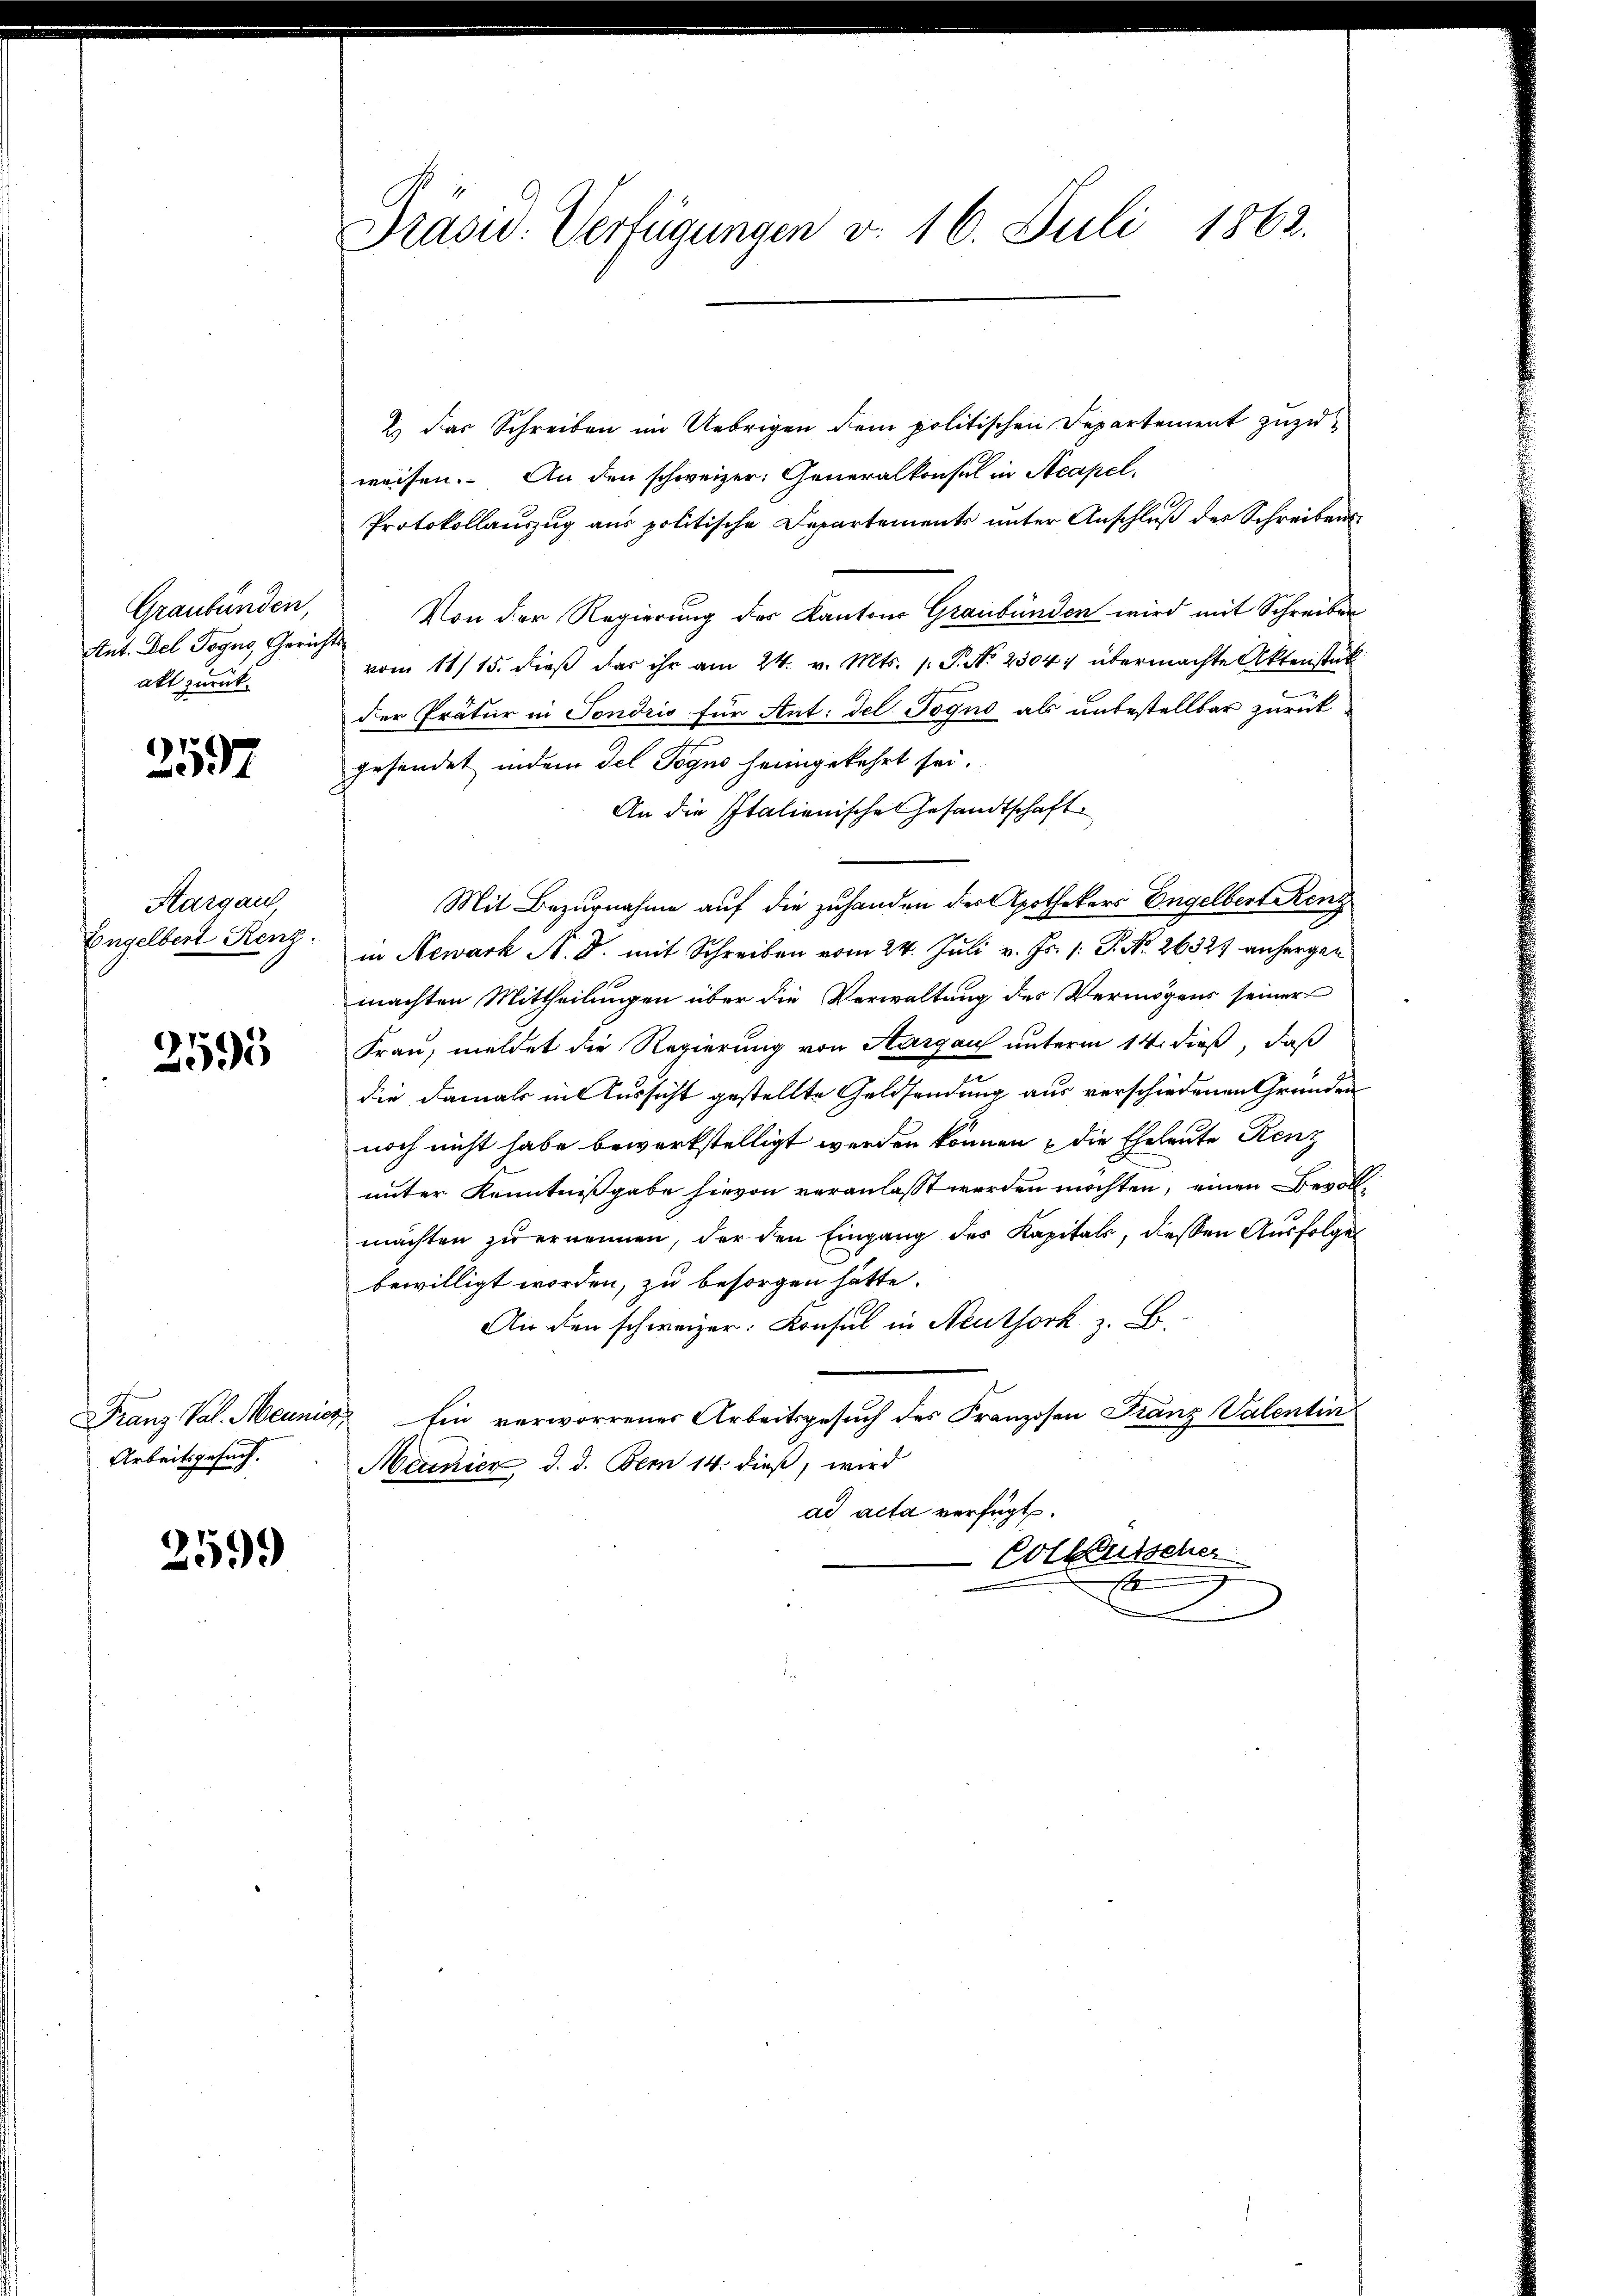
Graubünden,
Ant. Del Togus, Gericakt zurück

2597

Hargau
Engelbert Renz.

2595

Franz Pal. Meinis
Arbeitsgesuch.

259.

Präsid. Verfügungen v. 16. Juli 1862.

2) Das Schreiben im Uebrigen dem politischen Departement zuzuweisen. An den schweizer: Generalkonsul in Acapel.
Protokollauszug aus politische Departements unter Anschluß der Schreibens
 Von der Regierung des Kantons Graubünden wird mit Schreiben
vom 11/15. dieß das ihr am 24. v. Mts. 1. P. Nr. 2304, übermachte Aktenstük
der Prätur in Sondris für Ant: del Togno als unbestellbar zurück
gesendet indem del Pegno heimgekehrt sei.
An die Italienische Gesandtschaft
Mit Bezugnahme auf die zuhanden der Apothekers Engelbert Renz
in Newark N. B. mit Schreiben vom 24. Juli v. Js. /: P. Nr. 26327 anhergen
machten Mittheilungen über die Verwaltung des Vermögens seiner
Frau, meldet die Regierung von Aargau unterm 14. dieß, daß
die damals in Aussicht gestellte Geldsendung aus verschiedenen Gründen
noch nicht habe bewerkstelligt werden können & die Eheleute Renz
unter Kenntnißgabe hievon veranlasst werden möchten, einen Bevollmachten zŭ ernennen, der den Eingang des Kapitals, dessen Ausfolge
bewilligt worden, zu besorgen hätte.
An den schweizer: Konsul in Neuthork z. B.
 Ein verworrenes Arbeitsgesuch des Franzosen Franz Valentin
Mamier d. d. Bem 14. dieß, wird
ad acta verfügt:
Colkutscher
x